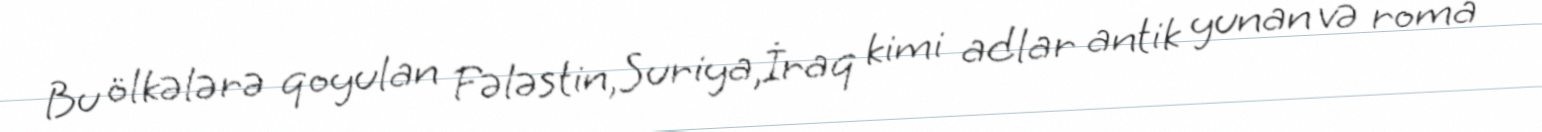
Bu ölkələrə qoyulan Fələstin,Suriya,İraq kimi adlar antik yunan və roma